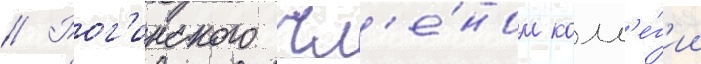
// Рог'инского чл'е́ном колл'е́г'ии